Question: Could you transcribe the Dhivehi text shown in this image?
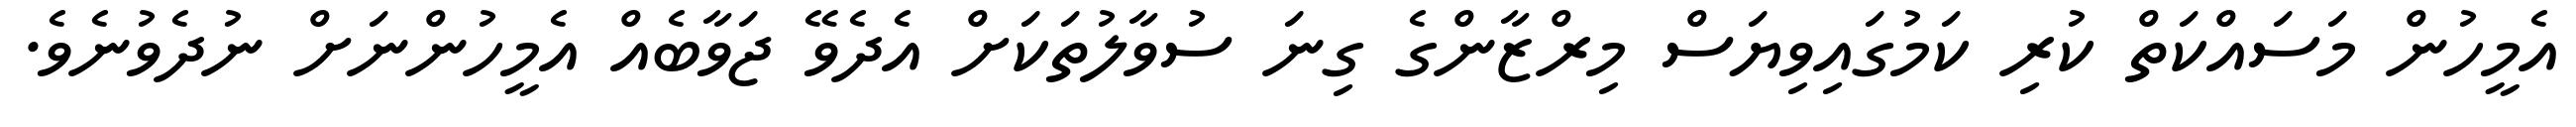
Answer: އެމީހުން މަސައްކަތް ކުރި ކަމުގައިވިޔަސް މިރްޒާންގެ ގިނަ ސުވާލުތަކަށް އެދެވޭ ޖަވާބެއް އެމީހުންނަށް ނުދެވުނެވެ.